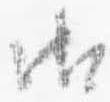
御